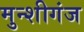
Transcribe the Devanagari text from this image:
मुन्शीगंज